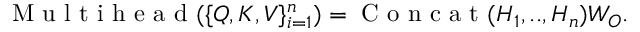
\mathrm { ~ M ~ u ~ l ~ t ~ i ~ h ~ e ~ a ~ d ~ } ( \{ Q , K , V \} _ { i = 1 } ^ { n } ) = \mathrm { ~ C ~ o ~ n ~ c ~ a ~ t ~ } ( H _ { 1 } , . . , H _ { n } ) W _ { O } .